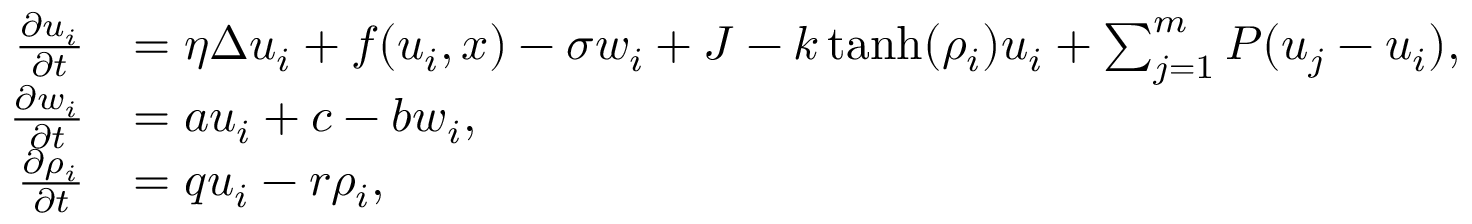
\begin{array} { r l } { \frac { \partial u _ { i } } { \partial t } } & { = \eta \Delta u _ { i } + f ( u _ { i } , x ) - \sigma w _ { i } + J - k \operatorname { t a n h } ( \rho _ { i } ) u _ { i } + \sum _ { j = 1 } ^ { m } P ( u _ { j } - u _ { i } ) , } \\ { \frac { \partial w _ { i } } { \partial t } } & { = a u _ { i } + c - b w _ { i } , } \\ { \frac { \partial \rho _ { i } } { \partial t } } & { = q u _ { i } - r \rho _ { i } , } \end{array}